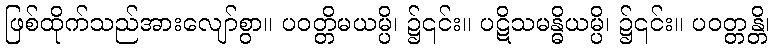
ဖြစ်ထိုက်သည်အားလျော်စွာ။ ပဝတ္တိမယမ္ပိ၊ ၌၎င်း။ ပဋိသမန္ဓိယမ္ပိ၊ ၌၎င်း။ ပဝတ္တန္တိ၊